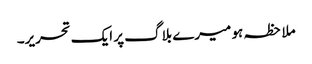
ملاحظہ ہو میرے بلاگ پر ایک تحریر۔